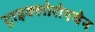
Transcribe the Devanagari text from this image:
ट्राइक्लोरोएथेन